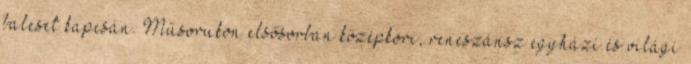
baleset kapcsán. Műsorukon elsősorban középkori, reneszánsz egyházi és világi